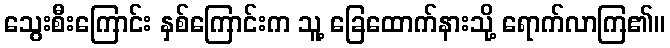
သွေးစီးကြောင်း နှစ်ကြောင်းက သူ့ ခြေထောက်နားသို့ ရောက်လာကြ၏။